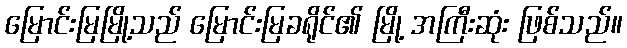
မြောင်းမြမြို့သည် မြောင်းမြခရိုင်၏ မြို့ အကြီးဆုံး ဖြစ်သည်။